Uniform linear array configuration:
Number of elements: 24
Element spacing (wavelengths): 0.5
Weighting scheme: hamming
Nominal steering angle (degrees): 0
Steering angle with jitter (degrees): -0.8515
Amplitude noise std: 0.05
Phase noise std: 0.05

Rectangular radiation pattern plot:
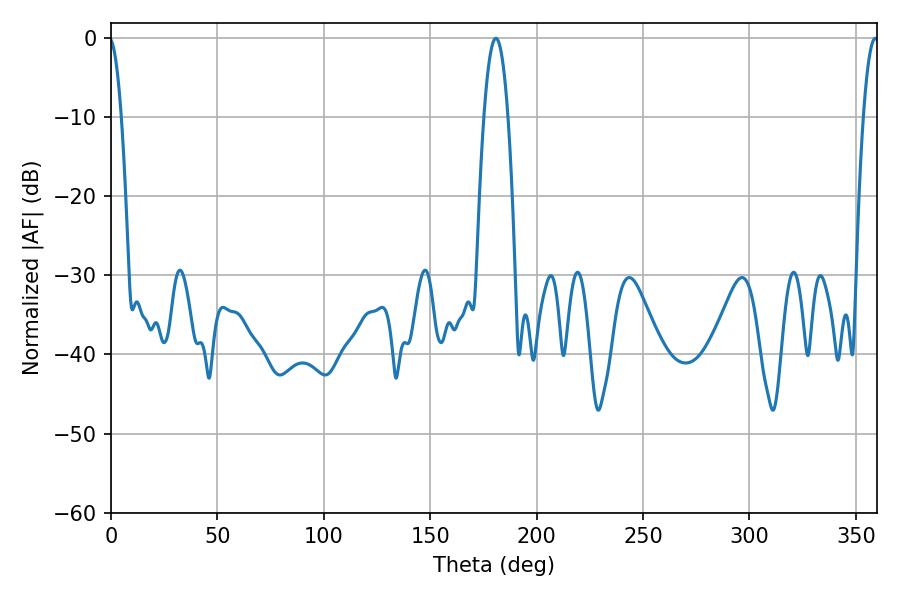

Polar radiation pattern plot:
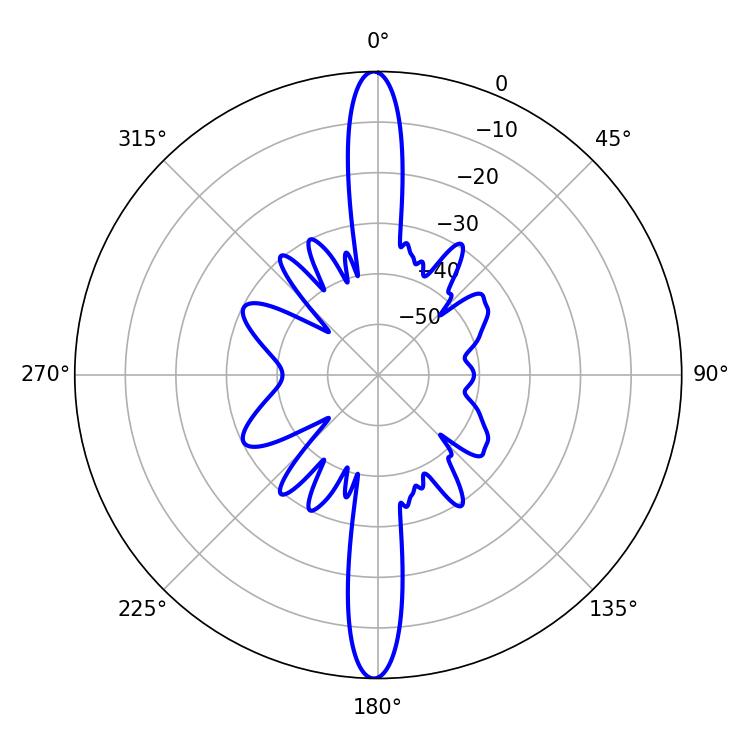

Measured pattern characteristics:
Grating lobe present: FALSE
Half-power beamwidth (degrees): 6.3
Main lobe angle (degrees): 180.9